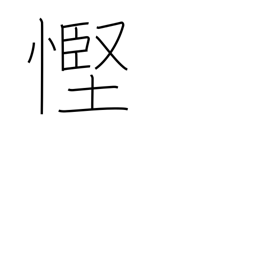
Meaning: stinginess